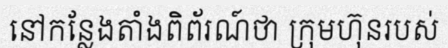
នៅកន្លែងតាំងពិព័រណ៍ថា ក្រុមហ៊ុនរបស់